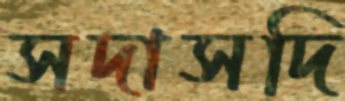
সদাসদি